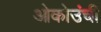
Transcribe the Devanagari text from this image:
ओकोउंची